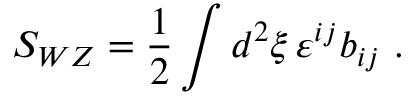
S _ { W Z } = { \frac { 1 } { 2 } } \int d ^ { 2 } \xi \, \varepsilon ^ { i j } b _ { i j } \ .